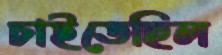
চাইতেছিল